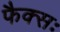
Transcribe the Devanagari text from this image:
फैक्सः